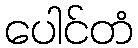
ပေါင်တံ